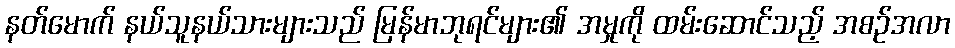
နတ်မောက် နယ်သူနယ်သားများသည် မြန်မာဘုရင်များ၏ အမှုကို ထမ်းဆောင်သည့် အစဉ်အလာ